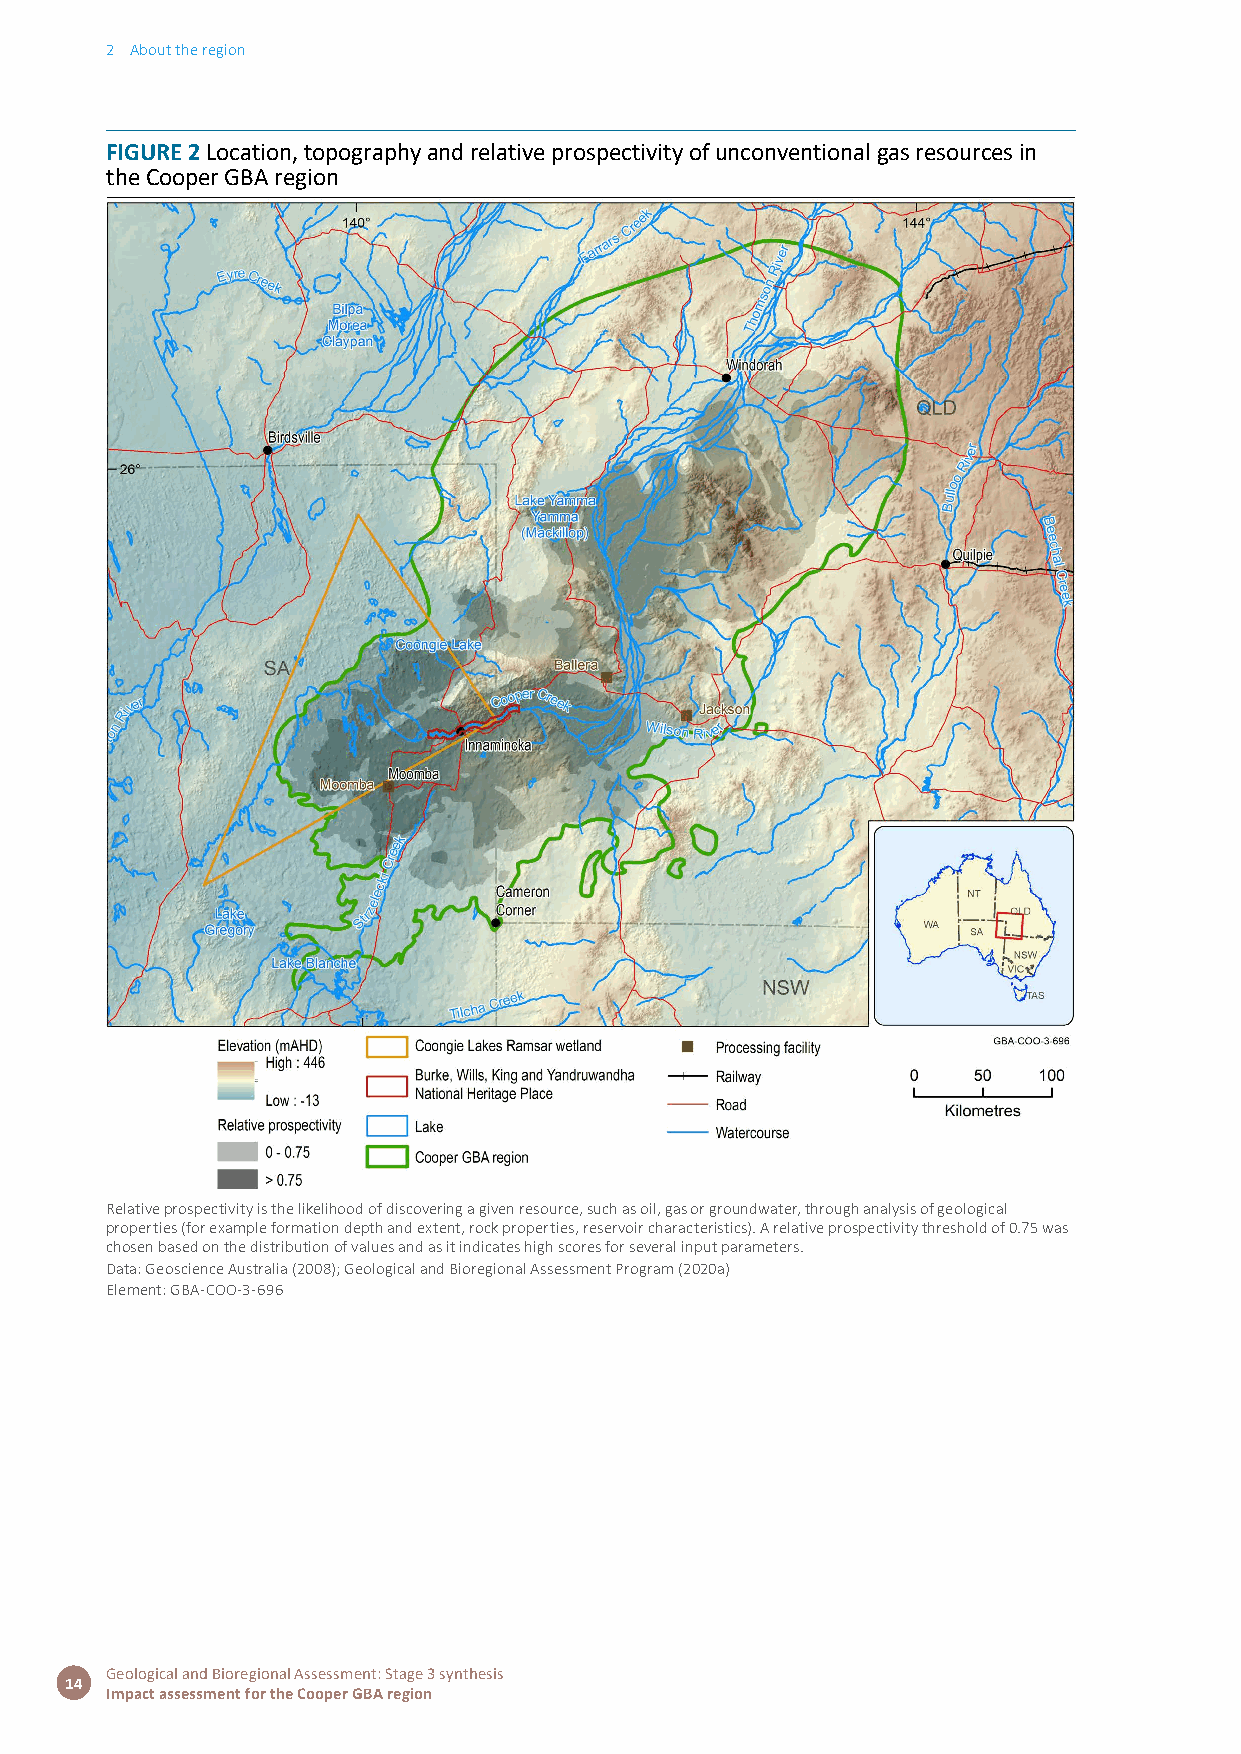
2 About the region
 FIGURE 2 Location, topography and relative prospectivity of unconventional gas resources in
 the Cooper GBA region
 Relative prospectivity is the likelihood of discovering a given resource, such as oil, gas or groundwater, through analysis of geological
 properties (for example formation depth and extent, rock properties, reservoir characteristics). A relative prospectivity threshold of 0.75 was
 chosen based on the distribution of values and as it indicates high scores for several input parameters.
 Data: Geoscience Australia (2008); Geological and Bioregional Assessment Program (2020a)
 Element: GBA-COO-3-696
 Geological and Bioregional Assessment: Stage 3 synthesis
 14
 Impact assessment for the Cooper GBA region